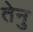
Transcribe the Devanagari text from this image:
तेनु